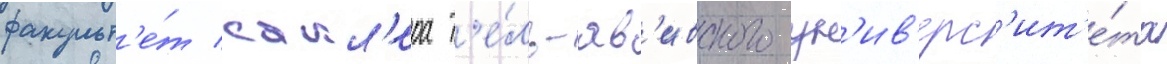
факульт'е́т сакл'ера т'е́ль-ав'ивского ун'ив'ерс'ит'е́та